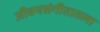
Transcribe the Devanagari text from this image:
जीवनसंगीतातला